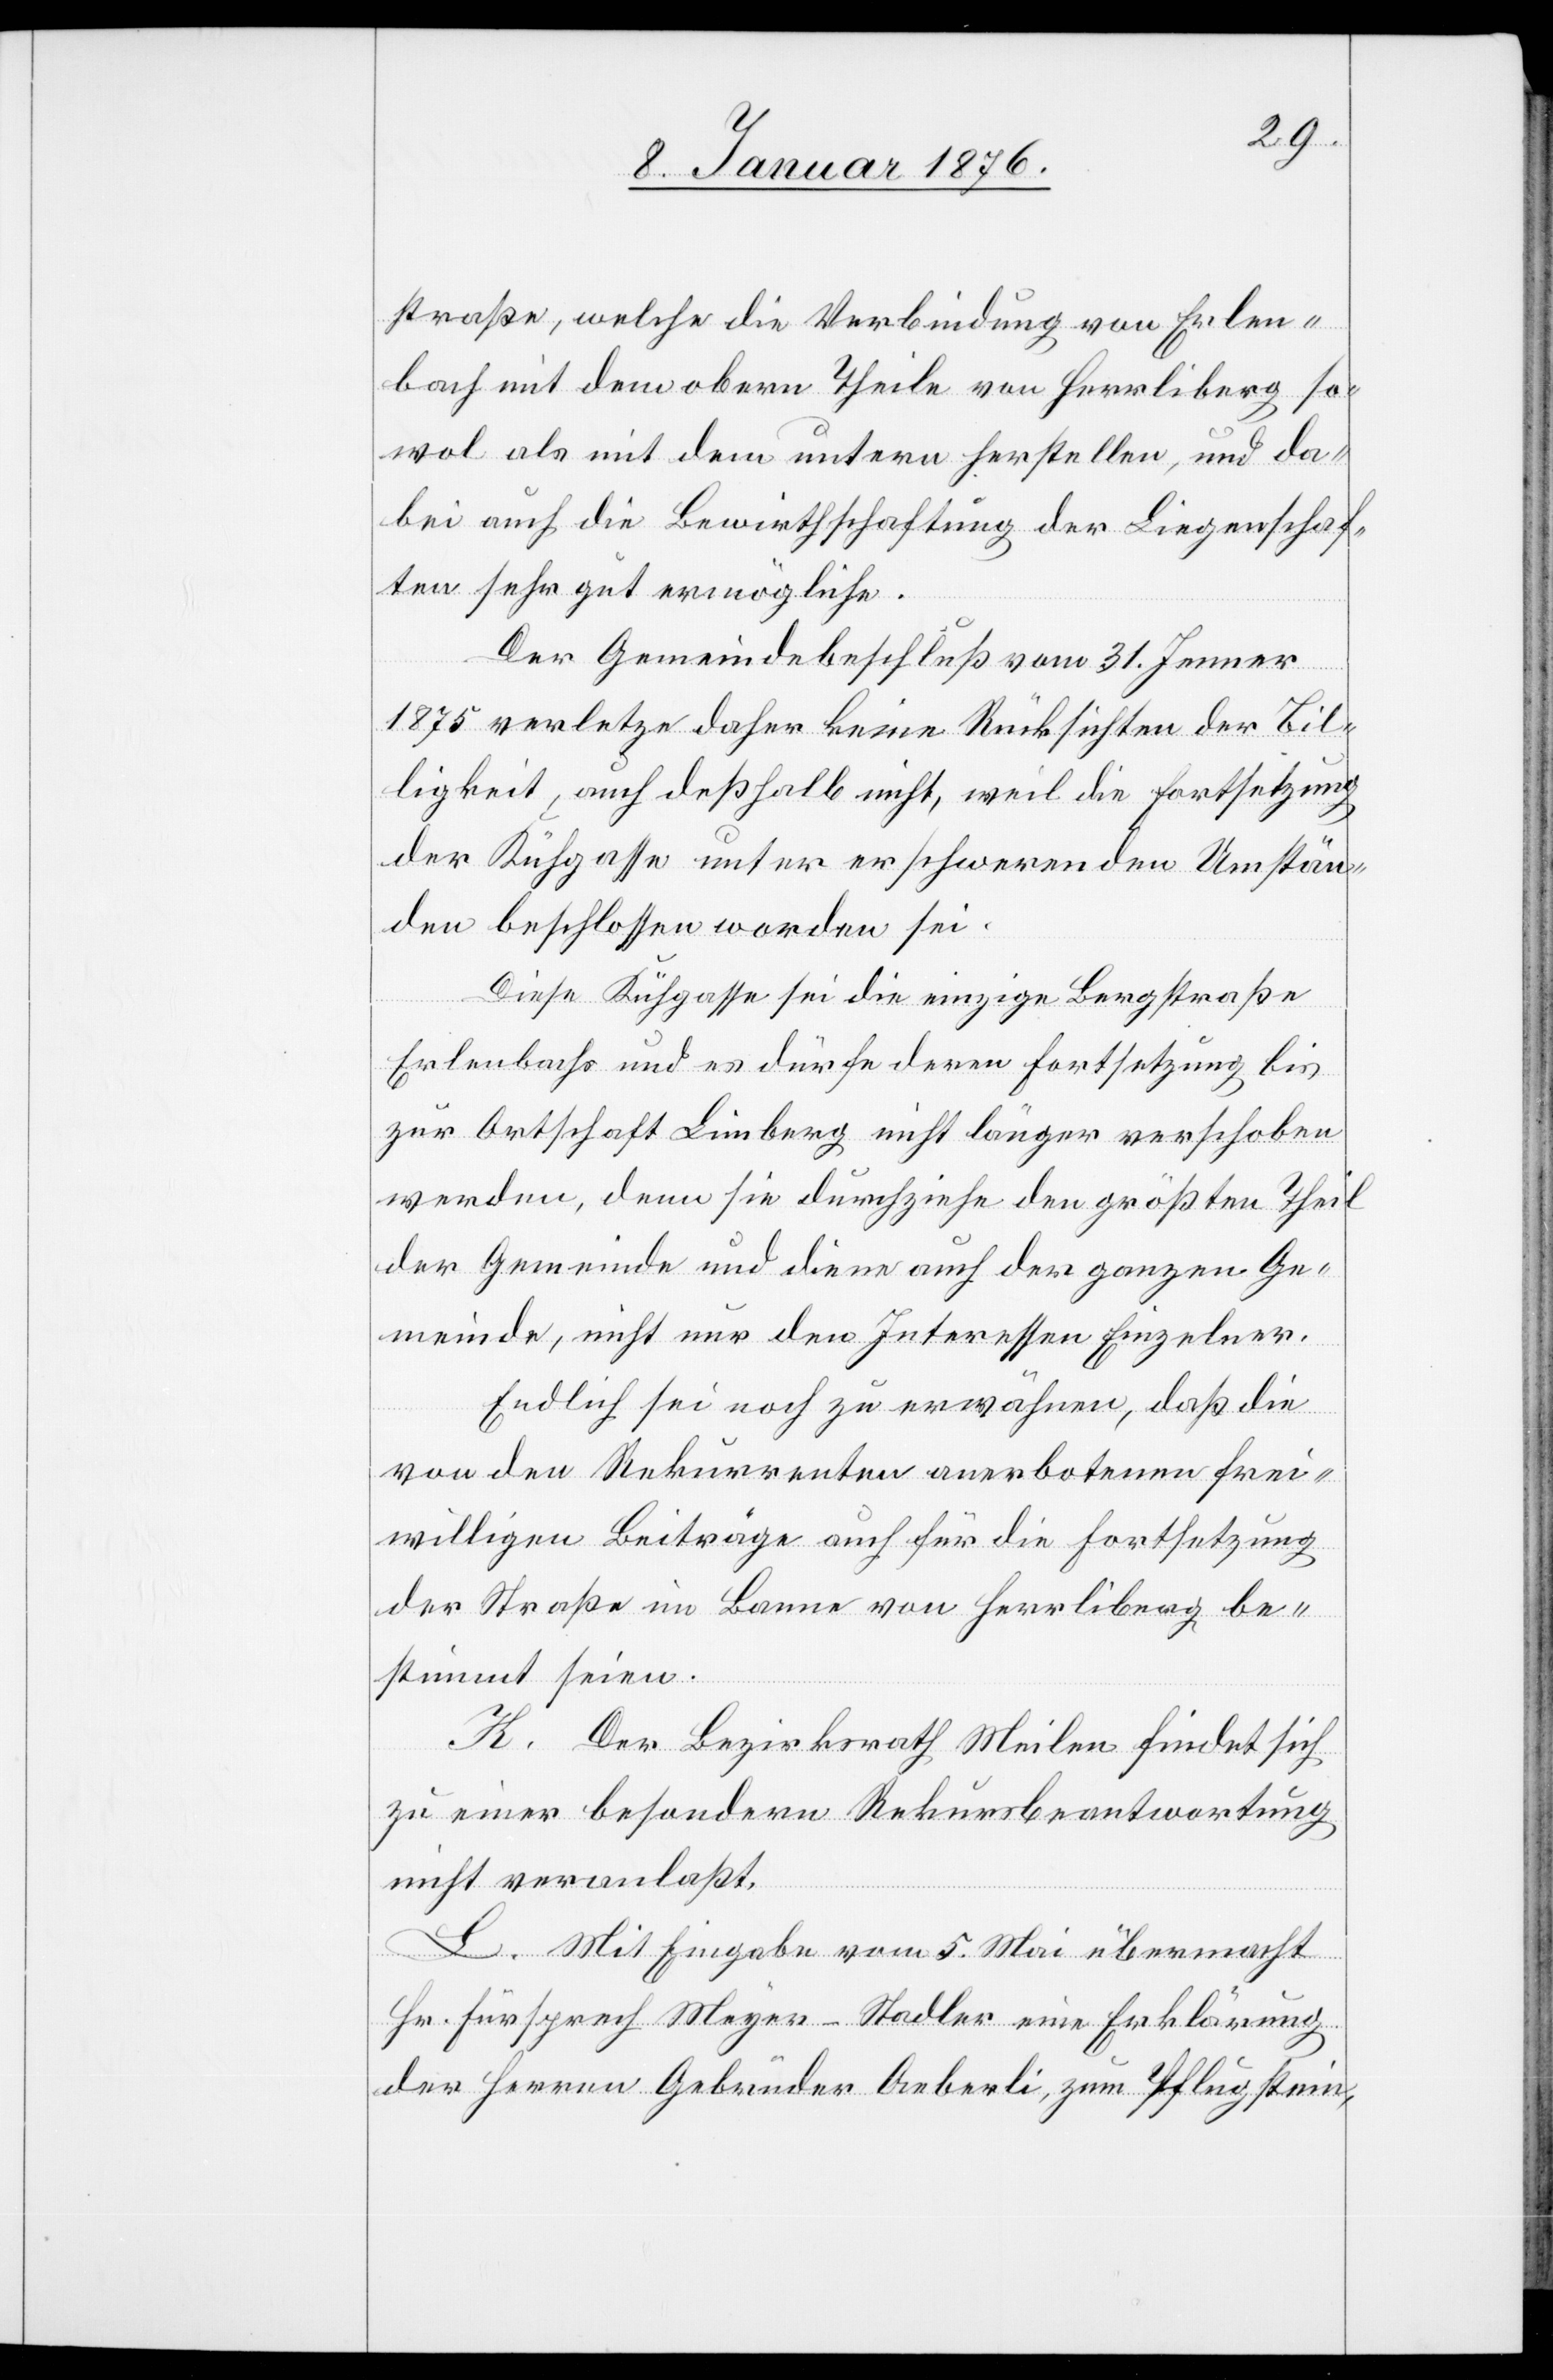
straße, welche die Verbindung von Erlen¬
bach mit dem obern Theile von Herrliberg so¬
wol als mit dem untern herstellen, und da¬
bei auch die Bewirtschaftung der Liegenschaf¬
ten sehr gut ermögliche.
Der Gemeindebeschluß vom 31. Jenner
1875 verletze daher keine Rücksichten der Bil¬
ligkeit, auch deßhalb nicht, weil die Fortsetzung
der Kühgasse [sic!] unter erschwerenden Umstän¬
den beschlossen worden sei.
Diese Kühgasse sei die einzige Bergstraße
Erlenbachs und es dürfe deren Fortsetzung bis
zur Ortschaft Limberg nicht länger verschoben
werden, denn sie durchziehe den größten Theil
der Gemeinde und diene auch der ganzen Ge¬
meinde, nicht nur den Interessen Einzelner.
Endlich sei noch zu erwähnen, daß die
von den Rekurrenten anerbotenen frei¬
willigen Beiträge auch für die Fortsetzung
der Straße im Banne von Herrliberg be¬
stimmt seien.
K. Der Bezirksrath Meilen findet sich
zu einer besondern Rekursbeantwortung
nicht veranlaßt.
L. Mit Eingabe vom 5. Mai übermacht
Hr. Fürsprech Meyer-Stadler eine Erklärung
der Herren Gebrüder Aeberli, zum Pflugstein,